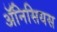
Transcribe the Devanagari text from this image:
ॲनिसियस